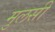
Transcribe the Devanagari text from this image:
मुलसी